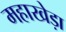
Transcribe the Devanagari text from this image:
महाखेड़ा